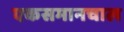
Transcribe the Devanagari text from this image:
एकसमानचाल